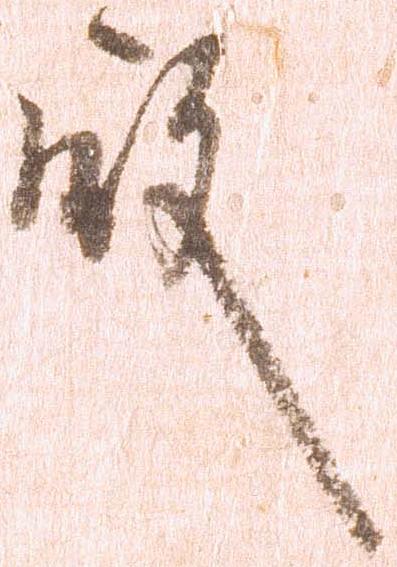
殿